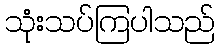
သုံးသပ်ကြပါသည်